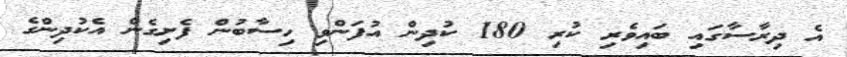
އެ ދިރާސާގައި ބައިވެރި ކުރި 180 ކުދިން އުފަންވި ހިސާބުން ފެށިގެން އެކުދިންގެ